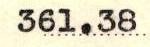
361.38